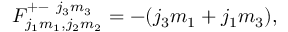
F _ { j _ { 1 } m _ { 1 } , j _ { 2 } m _ { 2 } } ^ { + - ~ j _ { 3 } m _ { 3 } } = - ( j _ { 3 } m _ { 1 } + j _ { 1 } m _ { 3 } ) ,